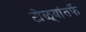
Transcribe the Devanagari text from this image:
टोळ्यांतर्फे